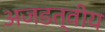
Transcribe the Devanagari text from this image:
अजडत्वीय